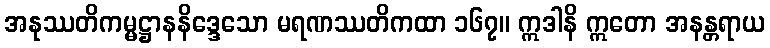
အနုဿတိကမ္မဋ္ဌာနနိဒ္ဒေသော မရဏဿတိကထာ ၁၆၇။ ဣဒါနိ ဣတော အနန္တရာယ